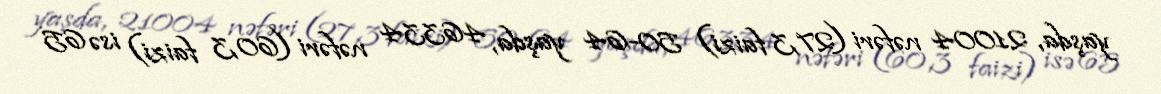
yaşda, 21004 nəfəri (27,3 faizi) 50-64 yaşda, 46334 nəfəri (60,3 faizi) isə 65